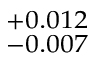
^ { + 0 . 0 1 2 } _ { - 0 . 0 0 7 }